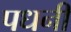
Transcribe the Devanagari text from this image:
पधनी